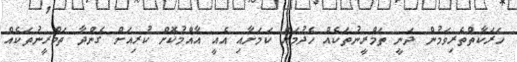
ހަރަކާތްތެރިވަމުން ދަނީ ތަމްރީނުތަކެއް ހެދުމަށް ކަމަށާއި އެއީ އާއްމުކޮށް ކުރިއަށް ގެންދާ ތަމްރީނުތަކެއް